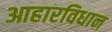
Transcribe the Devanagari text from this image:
आहारविधान